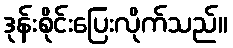
ဒုန်းစိုင်းပြေးလိုက်သည်။